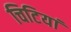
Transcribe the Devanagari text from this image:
चिटियां